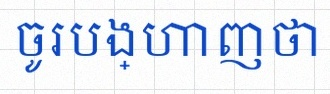
ចូរបង្ហាញថា